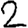
Digit: 2